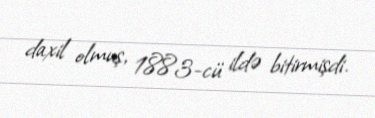
daxil olmuş, 1883-cü ildə bitirmişdi.